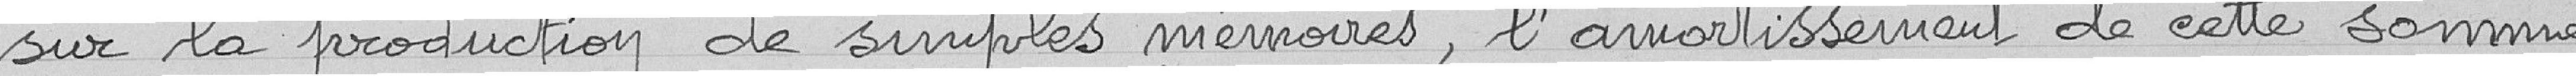
sur la production de simples mémoires, l'arrondissement de cette somme